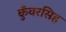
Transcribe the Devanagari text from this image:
कुँवरसिह